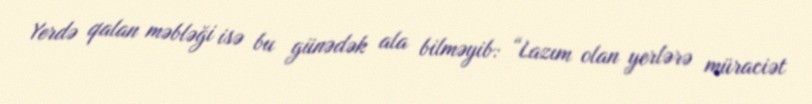
Yerdə qalan məbləği isə bu günədək ala bilməyib: “Lazım olan yerlərə müraciət